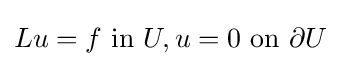
Lu=f{\text{ in }}U,u=0{\text{ on }}\partial U